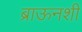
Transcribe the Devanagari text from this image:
ब्राऊनशी